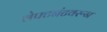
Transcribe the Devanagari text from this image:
लेफ्टनंटवरून